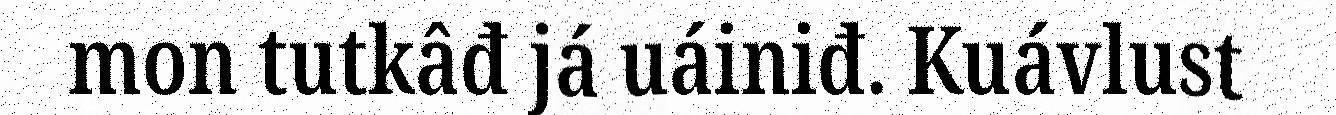
mon tutkâđ já uáiniđ. Kuávlust